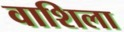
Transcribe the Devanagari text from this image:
वाशिला